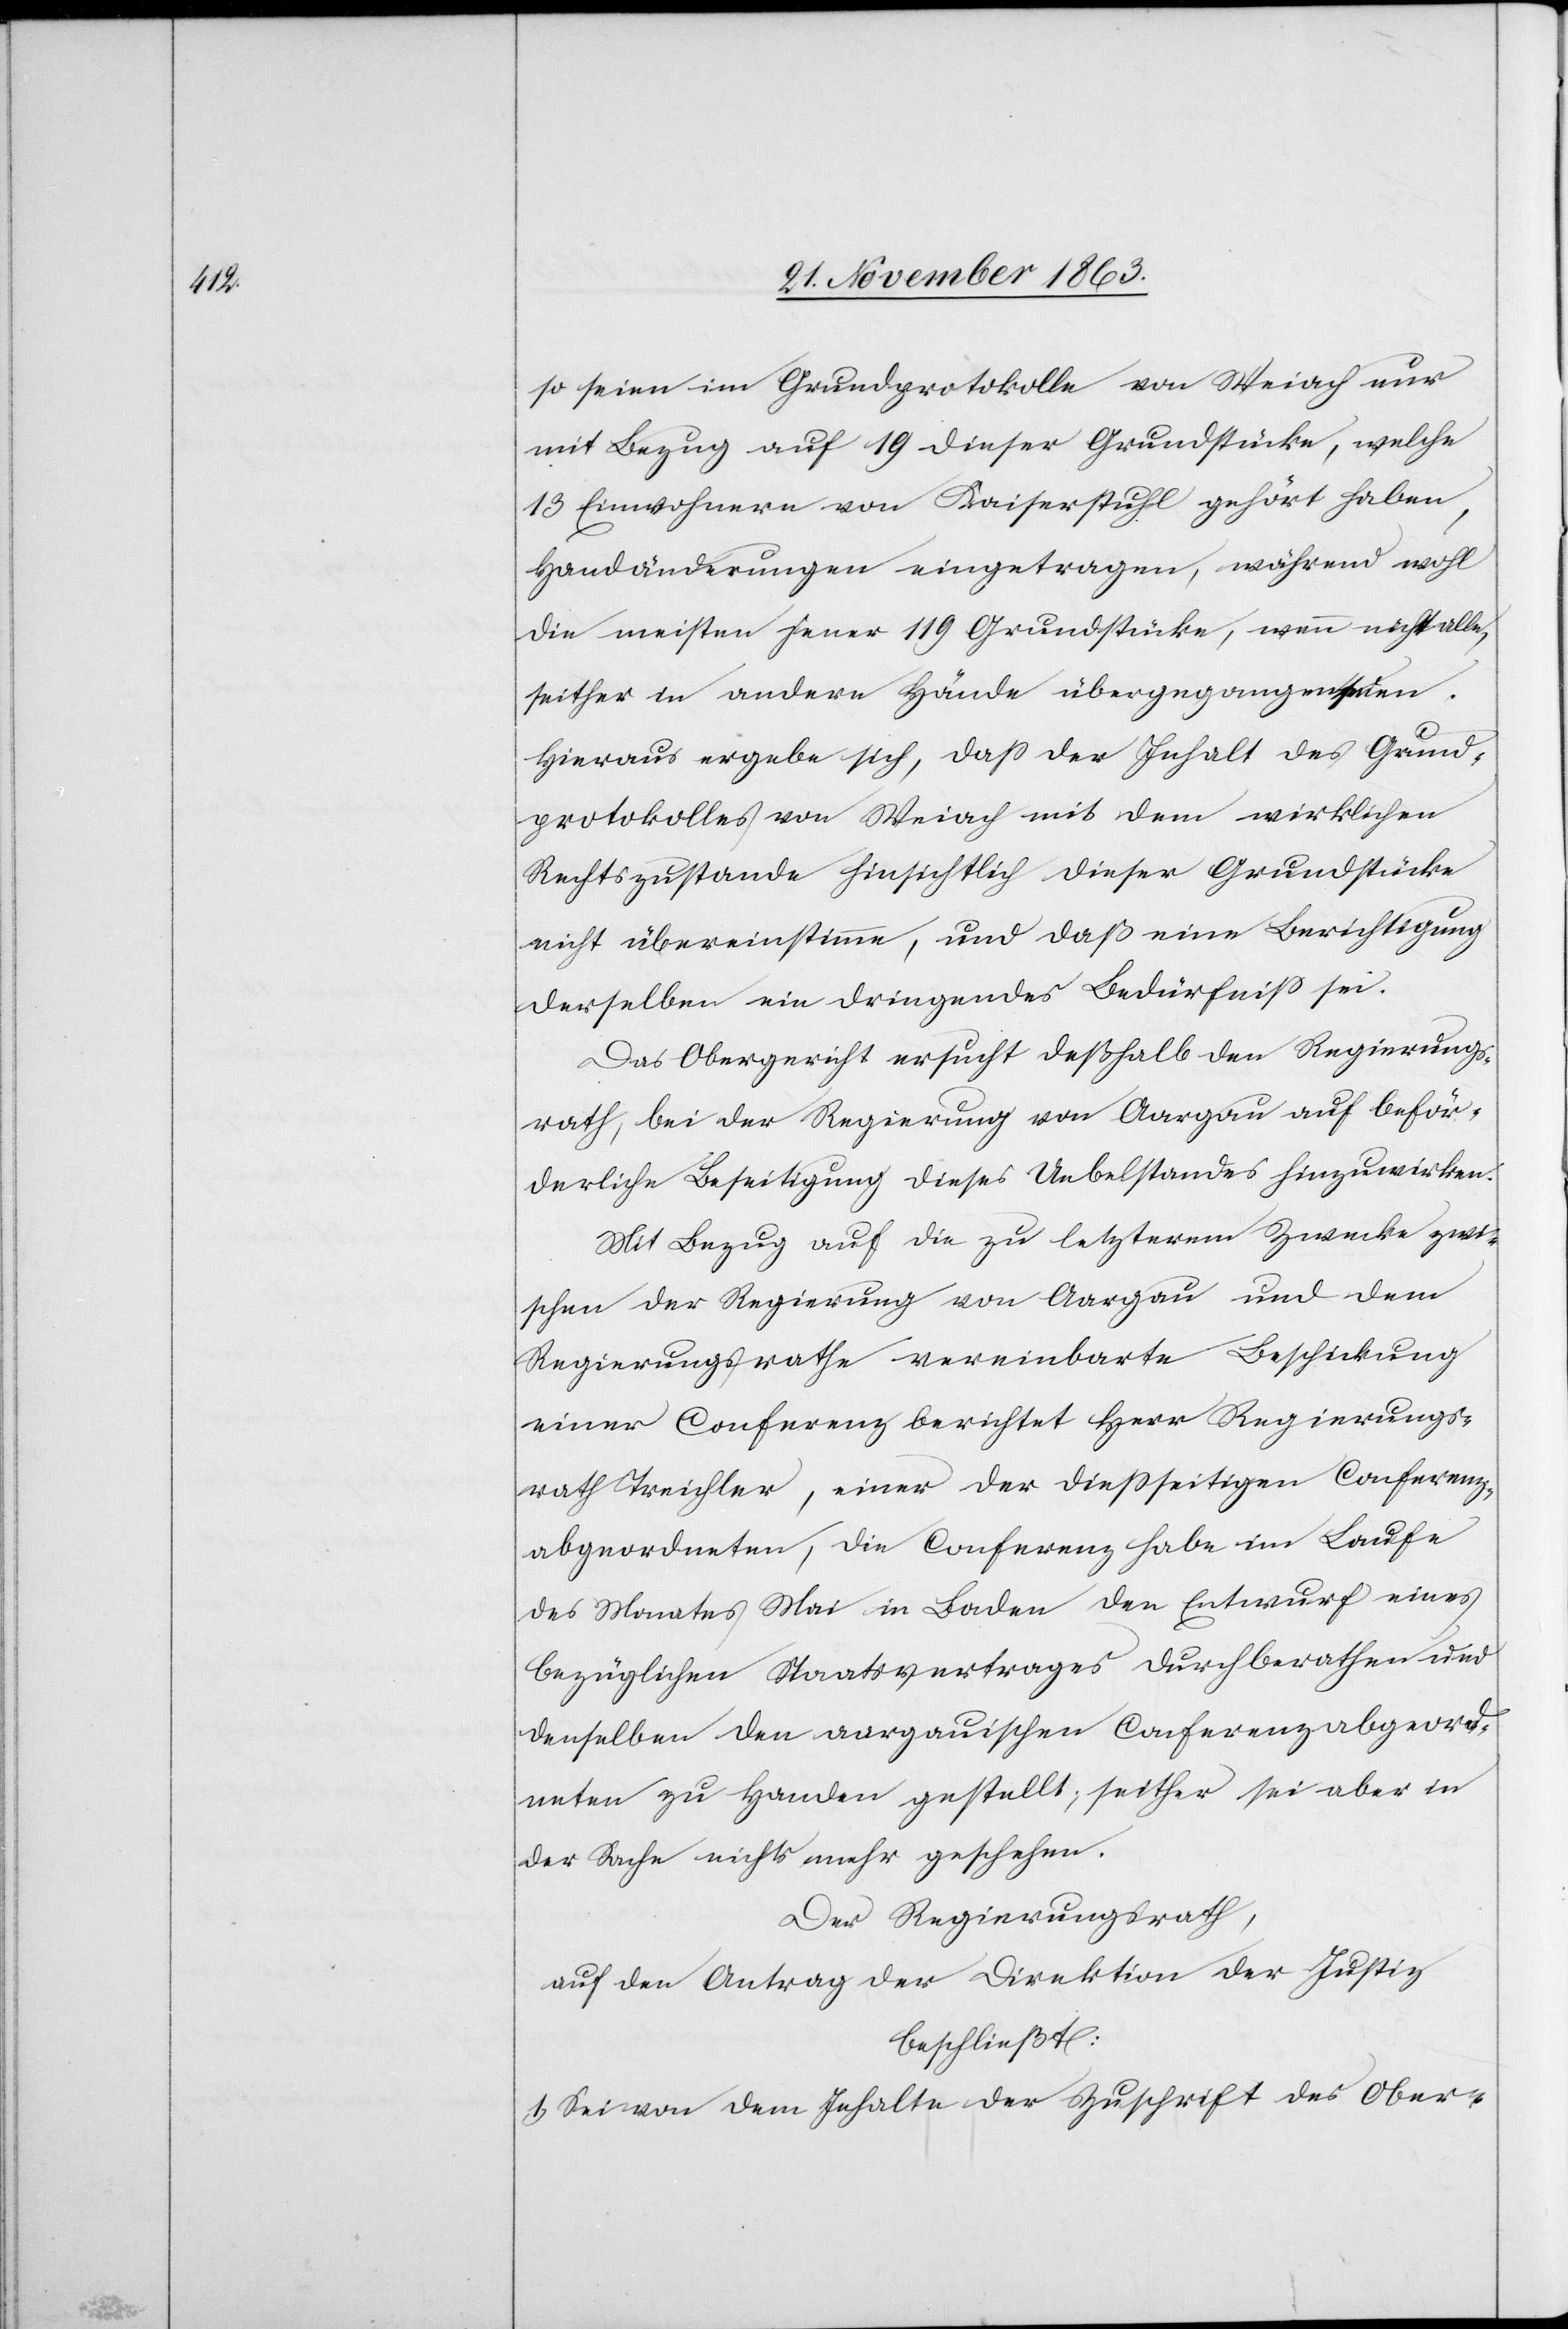
so seien im Grundprotokolle von Weiach nur
mit Bezug auf 19 dieser Grundstücke, welche
13 Einwohnern von Kaiserstuhl gehört haben,
Handänderungen eingetragen, während wohl
die meisten jener 119 Grundstücke, wenn nicht alle,
seither in andere Hände übergegangen seien.
Hieraus ergebe sich, dass der Inhalt des Grund¬
protokolles von Weiach mit dem wirklichen
Rechtszustande hinsichtlich dieser Grundstücke
nicht übereinstimme, und daß eine Berichtigung
derselben ein dringendes Bedürfniss sei.
Das Obergericht ersucht deßhalb den Regierungs¬
rath, bei der Regierung von Aargau auf beför¬
derliche Beseitigung dieses Uebelstandes hinzuwirken.
Mit Bezug auf die zu letzterem Zwecke zwi¬
schen der Regierung von Aargau und dem
Regierungsrathe vereinbarte Beschickung
einer Conferenz berichtet Herr Regierungs¬
rath Treichler, einer der diessseitigen Conferenz¬
abgeordneten, die Conferenz habe im Laufe
des Monates Mai in Boden den Entwurf eines
bezüglichen Staatsvertrages durchberathen und
denselben den aargauischen Conferenzabgeord¬
neten zu Handen gestellt; seither sei aber in
der Sache nichts mehr geschehen.
Der Regierungsrath,
auf den Antrag der Direktion der Justiz
beschließt:
1. Sei von dem Inhalte der Zuschrift des Ober-